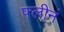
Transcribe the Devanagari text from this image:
फ्लीनं